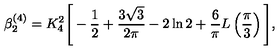
\beta _ { 2 } ^ { ( 4 ) } = K _ { 4 } ^ { 2 } \Bigg [ - \frac { 1 } { 2 } + \frac { 3 \sqrt { 3 } } { 2 \pi } - 2 \ln 2 + \frac { 6 } { \pi } L \left( \frac { \pi } { 3 } \right) \Bigg ] ,